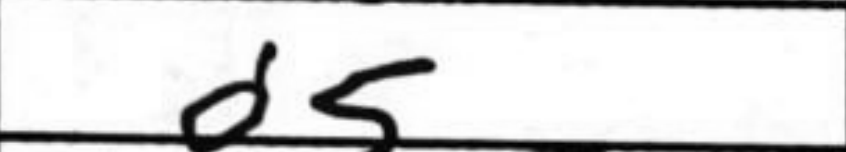
Transcription: d5